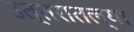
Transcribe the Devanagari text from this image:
उत्तरातल्या